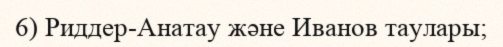
6) Риддер-Анатау және Иванов таулары;